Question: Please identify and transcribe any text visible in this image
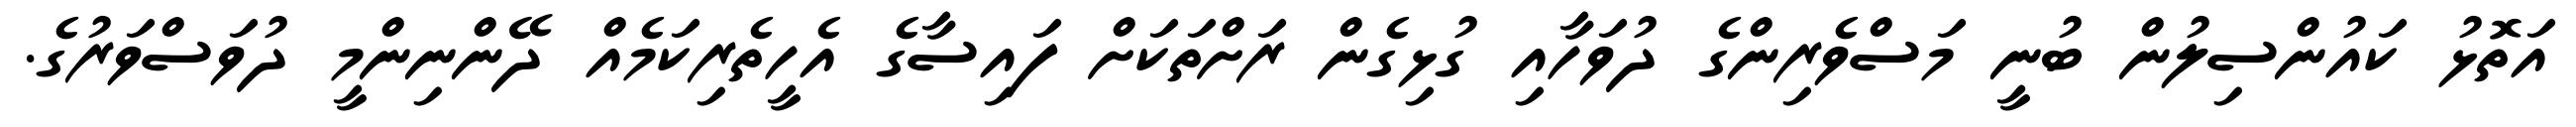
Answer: އަތޮޅު ކައުންސިލުން ބުނީ މަސްވެރިންގެ ދުވަހާއި ގުޅިގެން ރަށްތަކަށް ފައިސާގެ އެހީތެރިކަމެއް ދޭންނިންމީ ދުވަސްވަރުގެ.